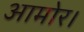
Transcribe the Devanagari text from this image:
आमोर।